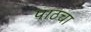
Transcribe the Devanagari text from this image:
पाठचा